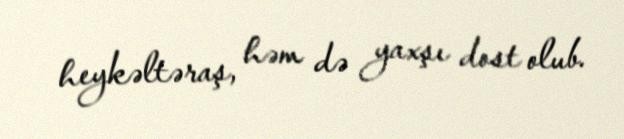
heykəltəraş, həm də yaxşı dost olub.